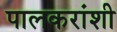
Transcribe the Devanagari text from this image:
पालकरांशी